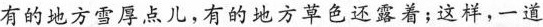
有的地方雪厚点儿，有的地方草色还露着；这样，一道